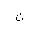
Letter: _non